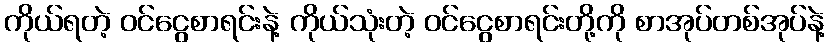
ကိုယ်ရတဲ့ ဝင်ငွေစာရင်းနဲ့ ကိုယ်သုံးတဲ့ ဝင်ငွေစာရင်းတို့ကို စာအုပ်တစ်အုပ်နဲ့